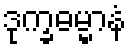
ဒုက္ခဓမ္မာနံ